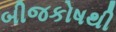
બીજકોષથી